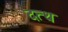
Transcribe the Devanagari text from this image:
दत्थ